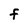
Character: F